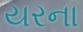
યરના